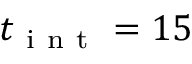
t _ { \mathrm { ~ i ~ n ~ t ~ } } = 1 5